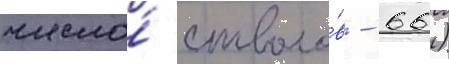
число́ стволо́в - 66)